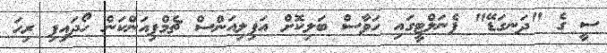
ސީ ގެ "ދަނގަޑޭ" ޕެނަލްޓީގައި ހަވާސް ބަލިކޮށް އަފިލިއަންސް ޗެމްޕިއަންކަން ހޯދައިފި ރިހަ